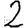
Digit: 2